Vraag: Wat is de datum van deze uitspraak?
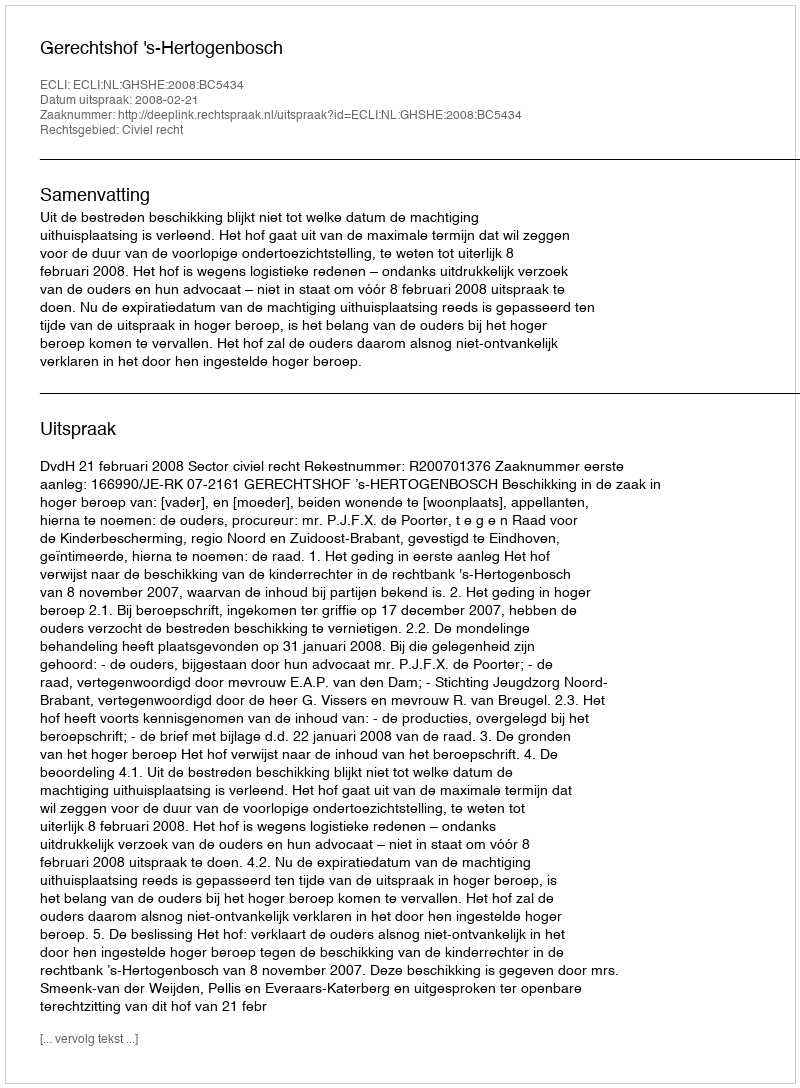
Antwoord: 2008-02-21